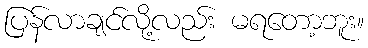
ပြန်လာချင်လို့လည်း မရတော့ဘူး။